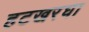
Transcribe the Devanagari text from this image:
हटखरघा